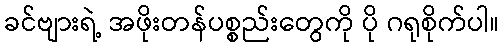
ခင်ဗျားရဲ့ အဖိုးတန်ပစ္စည်းတွေကို ပို ဂရုစိုက်ပါ။